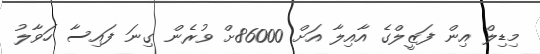
މިޑިލް އިން ފަޒީލްގެ އާއިލާ އަށް 86000ށް ވުރެން ގިނަ ފައިސާ ހަވާލު